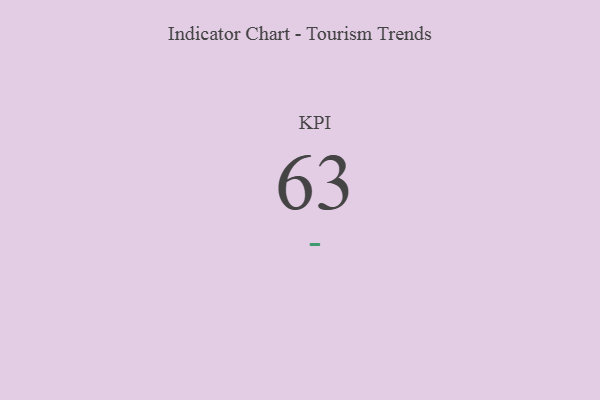
{"axis": {"x": "KPI", "y": "Value"}, "legend": [""], "data": [{"x": "KPI", "y": 63, "type": ""}]}